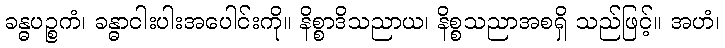
ခန္ဓပဉ္စကံ၊ ခန္ဓာငါးပါးအပေါင်းကို။ နိစ္စာဒိသညာယ၊ နိစ္စသညာအစရှိ သည်ဖြင့်။ အဟံ၊